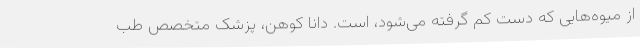
از میوه‌هایی که دست کم گرفته می‌شود، است. دانا کوهن، پزشک متخصص طب